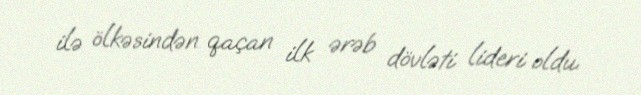
ilə ölkəsindən qaçan ilk ərəb dövləti lideri oldu.